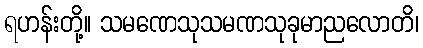
ရဟန်းတို့။ သမဏေသုသမဏသုခုမာညလောတိ၊